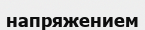
напряжением